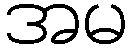
အမ